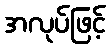
အလုပ်ဖြင့်